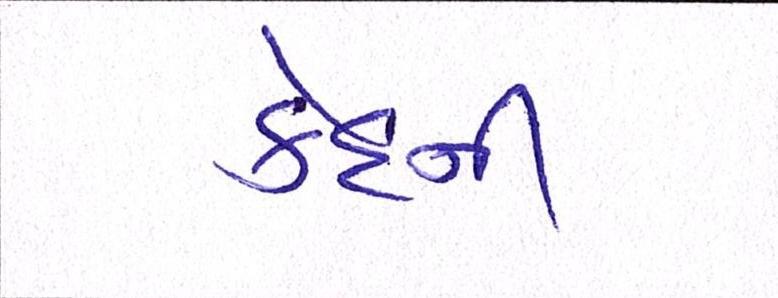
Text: કેદની